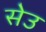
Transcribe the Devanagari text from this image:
सेउ